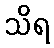
သိရ